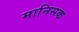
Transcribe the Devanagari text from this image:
मानिसक